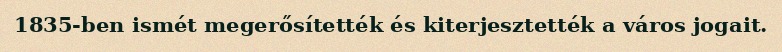
1835-ben ismét megerősítették és kiterjesztették a város jogait.